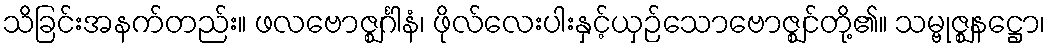
သိခြင်းအနက်တည်း။ ဖလဗောဇ္ဈင်္ဂါနံ၊ ဖိုလ်လေးပါးနှင့်ယှဉ်သောဗောဇ္ဈင်တို့၏။ သမ္ဗုဇ္ဈနဋ္ဌော၊